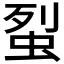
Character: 𧊿